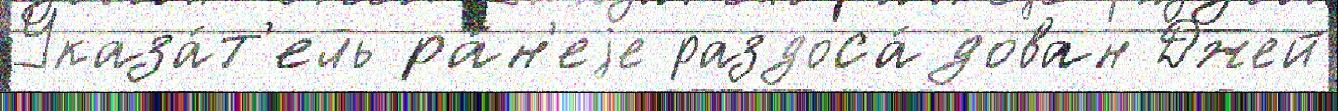
Указа́т'ель ра́н'еjе раздоса́дован Джей